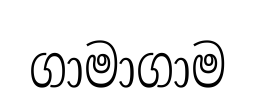
ගාමාගාම